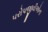
પરોપજીવીઓના